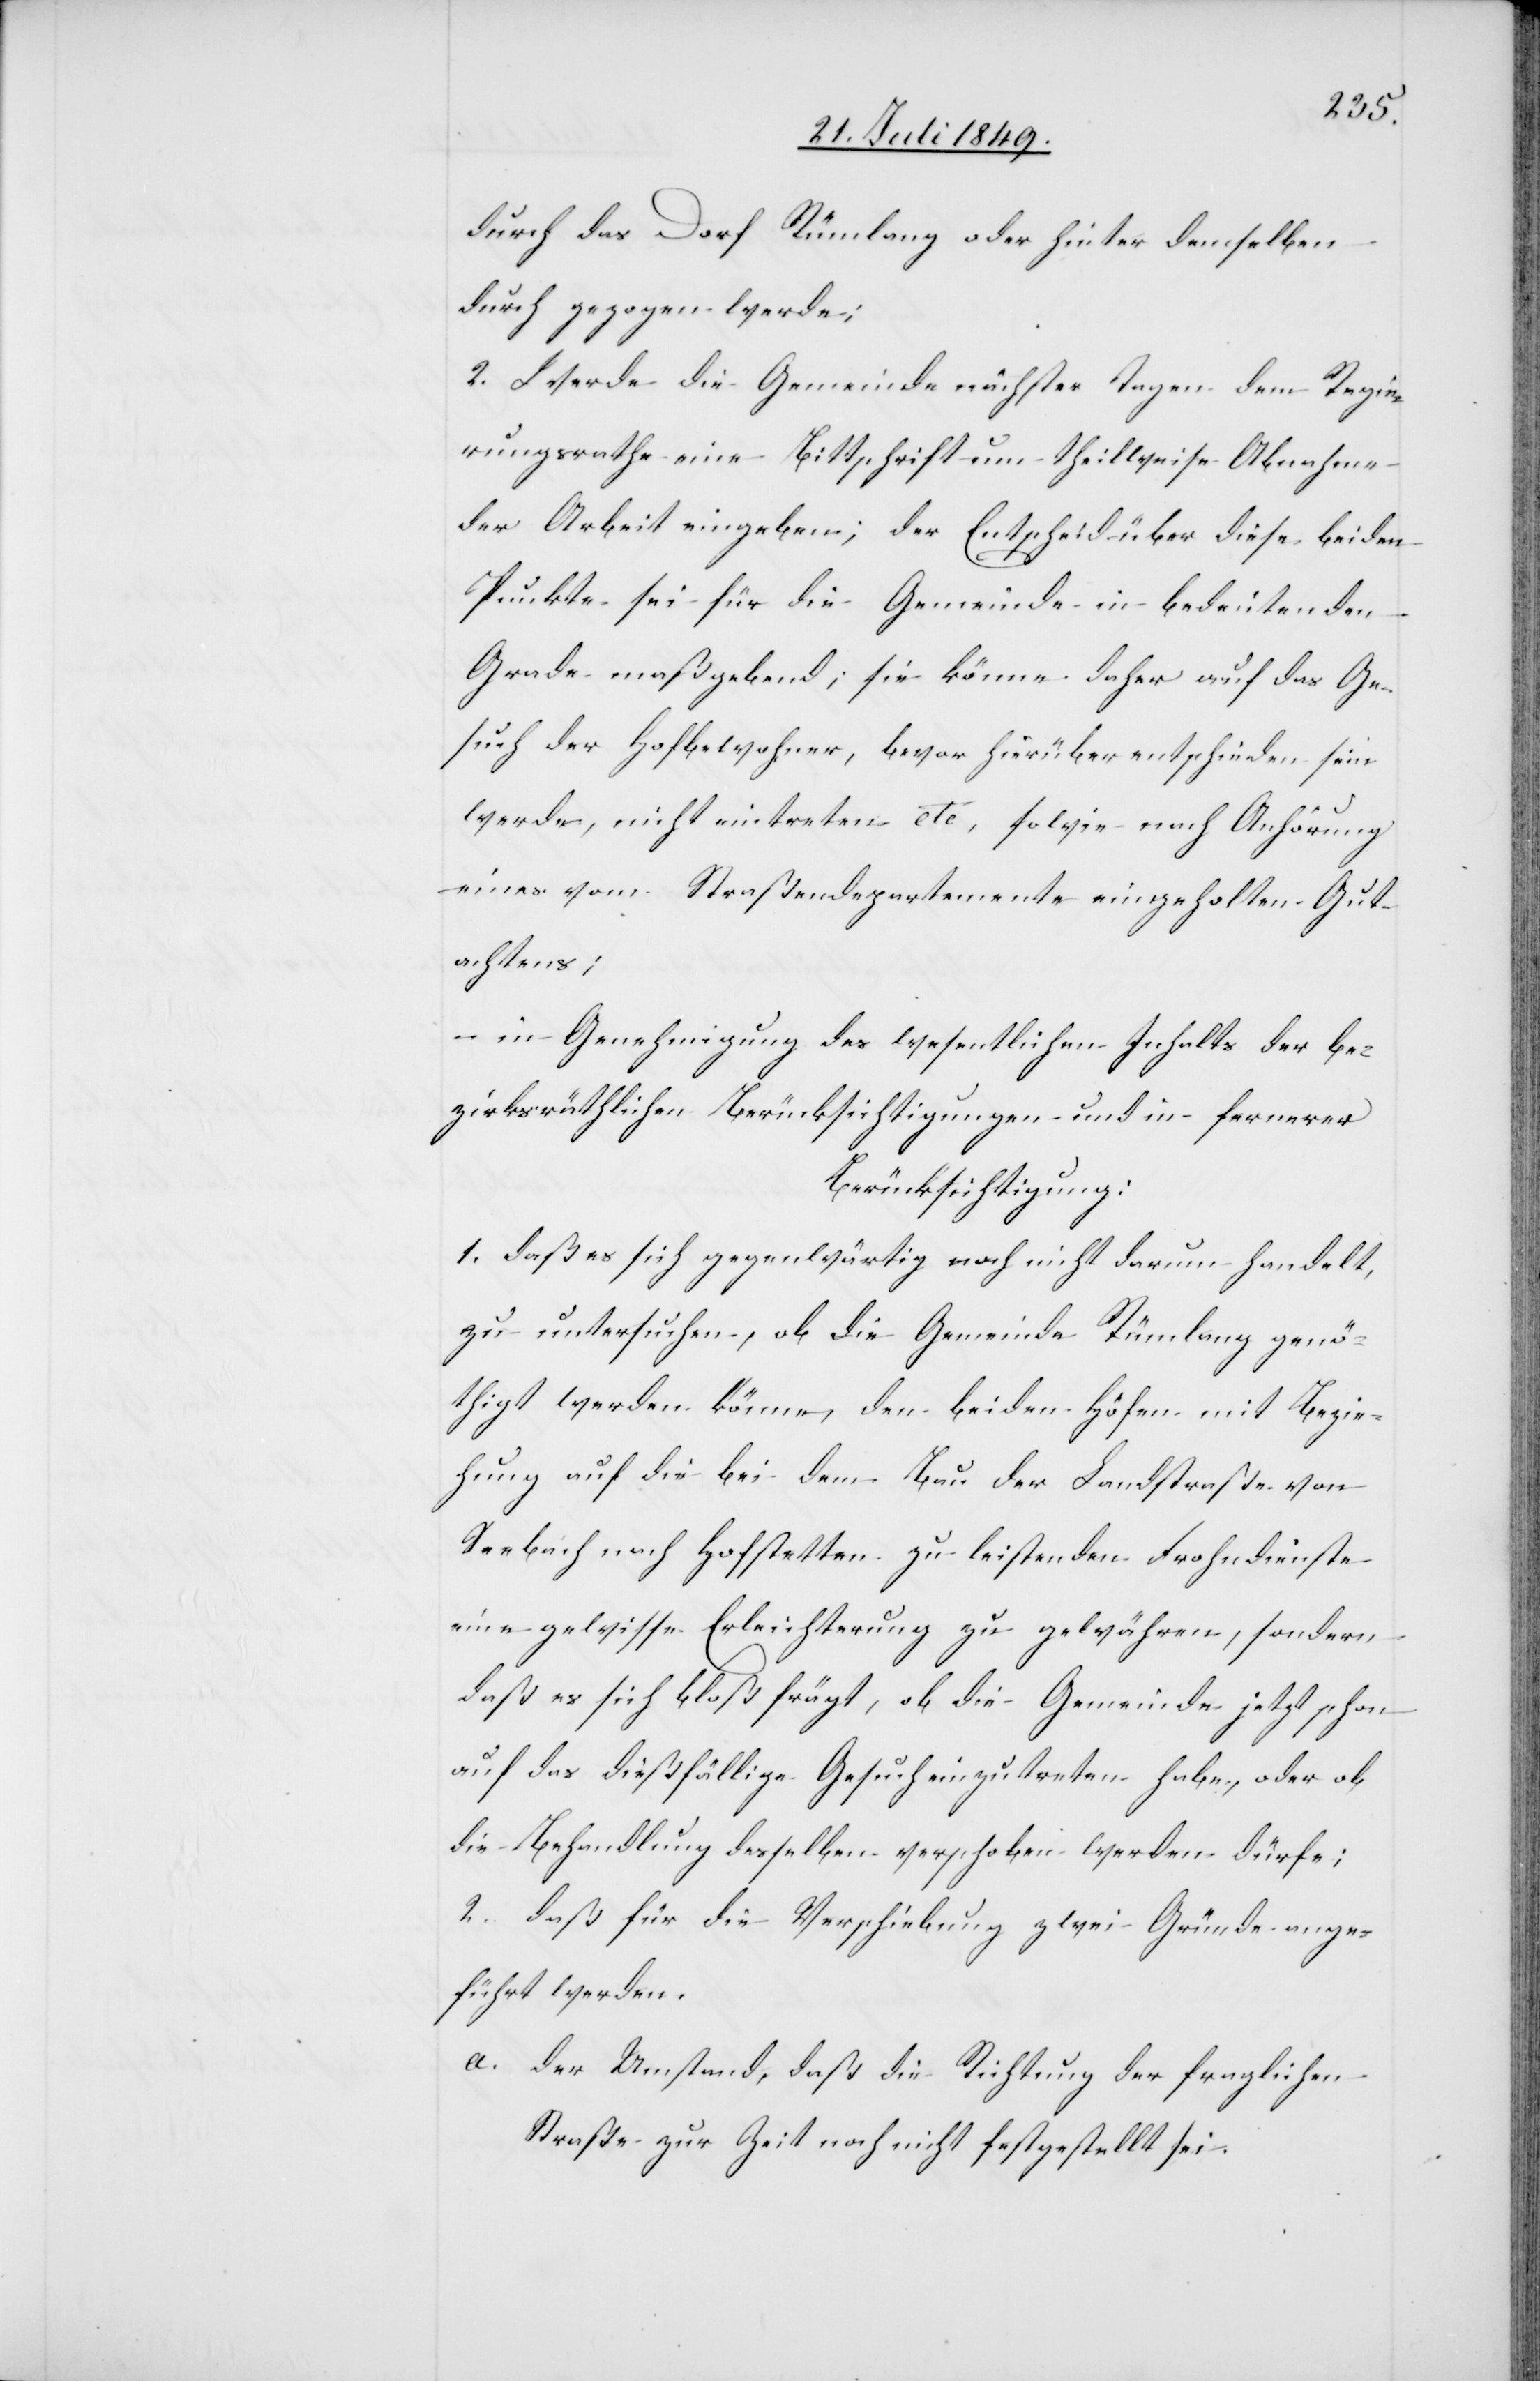
durch das Dorf Rümlang oder hinter demselben
durch gezogen werde;
2. Werde die Gemeinde nächster Tage dem Regie¬
rungsrathe eine Bittschrift um theilweise Abnahme
der Arbeit eingeben; der Entscheid über diese beiden
Punkte sei für die Gemeinde in bedeutenden
Grade maßgebend; sie könne daher auf das Ge¬
such der Hofbewohner, bevor hierüber entschieden sein
werde, nicht eintreten etc, sowie nach Anhörung
eines vom Straßendepartemente eingeholten Gut¬
achtens;
– in Genehmigung des wesentlichen Inhalts der be¬
zirksräthlichen Berücksichtigungen und in fernerer
Berücksichtigung:
1. daß es sich gegenwärtig noch nicht darum handelt,
zu untersuchen, ob die Gemeinde Rümlang genö¬
thigt werden könne, den beiden Höfen mit Bezie¬
hung auf die bei dem Bau der Landstraße von
Seebach nach Hofstetten zu leistenden Frohndienste
eine gewisse Erleichterung zu gewähren, sondern
daß es sich bloß frägt, ob die Gemeinde jetzt schon
auf das dießfällige Gesuch einzutreten habe, oder ob
die Behandlung desselben verschoben werden dürfe;
2. daß für die Verschiebung zwei Gründe ange¬
führt werden.
a. der Umstand, daß die Richtung der fraglichen
Straße zur Zeit noch nicht festgestellt sei.